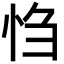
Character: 㤘